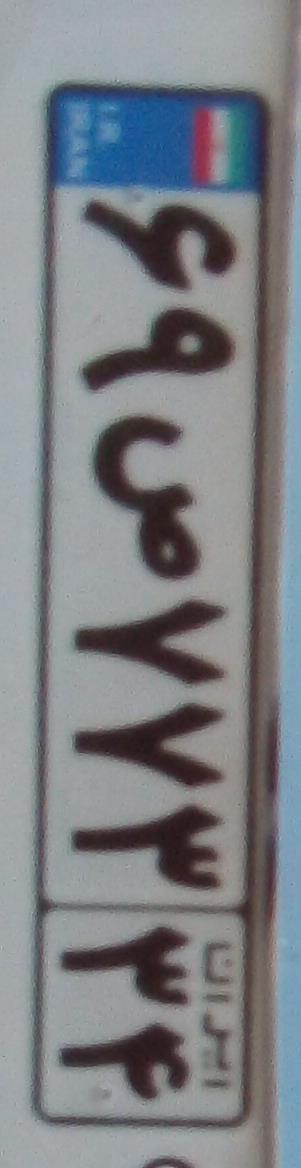
۶۹ص۷۷۳۳۴